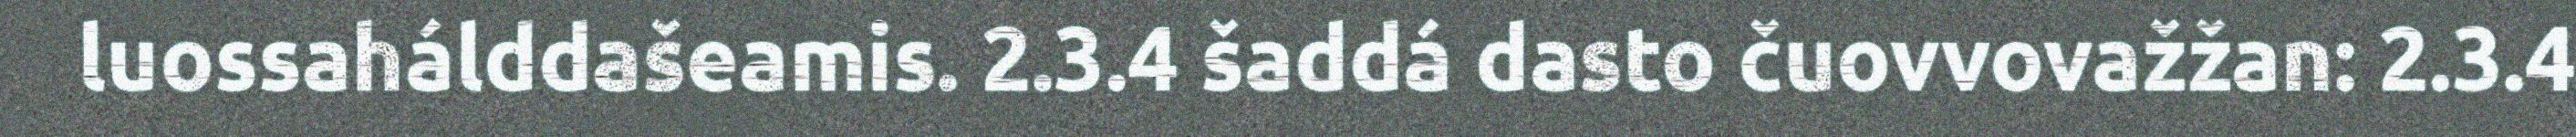
luossahálddašeamis. 2.3.4 šaddá dasto čuovvovažžan: 2.3.4